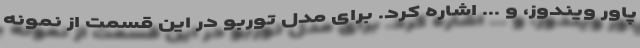
پاور ویندوز، و ... اشاره کرد. برای مدل توربو در این قسمت از نمونه